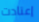
إعتادت